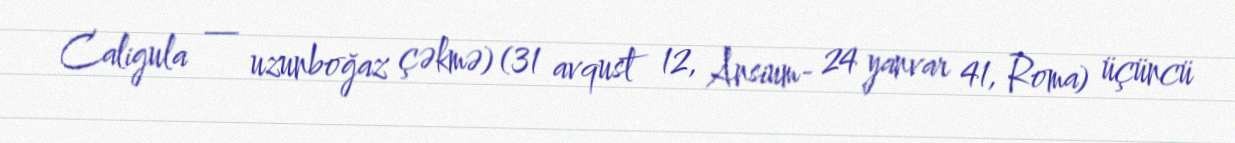
Caligula — uzunboğaz çəkmə) (31 avqust 12, Ansium- 24 yanvar 41, Roma) üçüncü